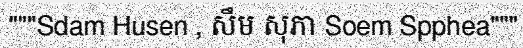
"""Sdam Husen , សឹម សុភា Soem Spphea"""